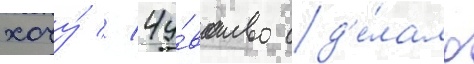
хочу́ // Чу́вство сд'е́лало